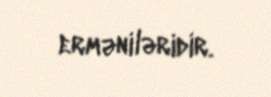
erməniləridir.